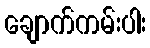
ချောက်ကမ်းပါး